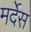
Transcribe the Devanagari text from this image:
मर्देस